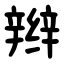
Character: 辫